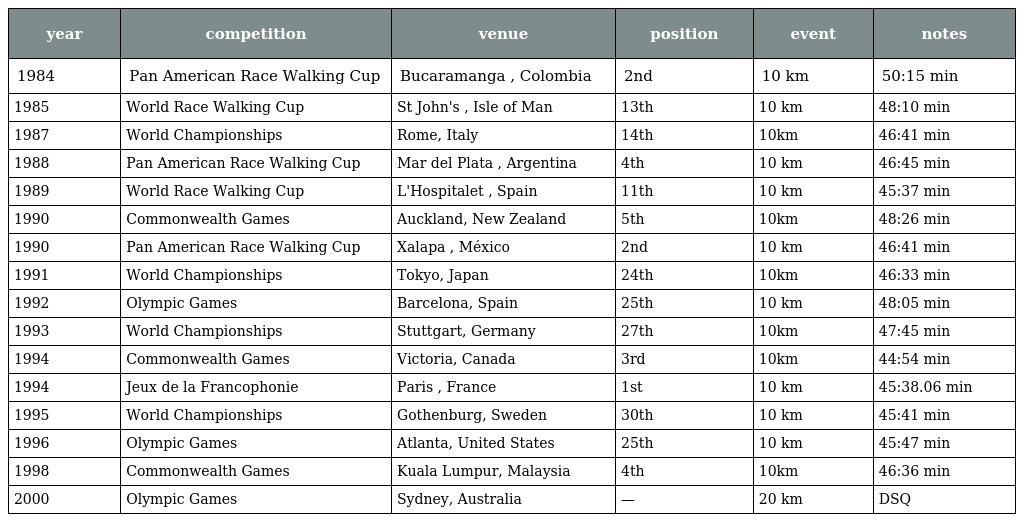
| year | competition | venue | position | event | notes |
 | --- | --- | --- | --- | --- | --- |
 | 1984 | Pan American Race Walking Cup | Bucaramanga , Colombia | 2nd | 10 km | 50:15 min |
 | 1985 | World Race Walking Cup | St John's , Isle of Man | 13th | 10 km | 48:10 min |
 | 1987 | World Championships | Rome, Italy | 14th | 10km | 46:41 min |
 | 1988 | Pan American Race Walking Cup | Mar del Plata , Argentina | 4th | 10 km | 46:45 min |
 | 1989 | World Race Walking Cup | L'Hospitalet , Spain | 11th | 10 km | 45:37 min |
 | 1990 | Commonwealth Games | Auckland, New Zealand | 5th | 10km | 48:26 min |
 | 1990 | Pan American Race Walking Cup | Xalapa , México | 2nd | 10 km | 46:41 min |
 | 1991 | World Championships | Tokyo, Japan | 24th | 10km | 46:33 min |
 | 1992 | Olympic Games | Barcelona, Spain | 25th | 10 km | 48:05 min |
 | 1993 | World Championships | Stuttgart, Germany | 27th | 10km | 47:45 min |
 | 1994 | Commonwealth Games | Victoria, Canada | 3rd | 10km | 44:54 min |
 | 1994 | Jeux de la Francophonie | Paris , France | 1st | 10 km | 45:38.06 min |
 | 1995 | World Championships | Gothenburg, Sweden | 30th | 10 km | 45:41 min |
 | 1996 | Olympic Games | Atlanta, United States | 25th | 10 km | 45:47 min |
 | 1998 | Commonwealth Games | Kuala Lumpur, Malaysia | 4th | 10km | 46:36 min |
 | 2000 | Olympic Games | Sydney, Australia | — | 20 km | DSQ |